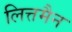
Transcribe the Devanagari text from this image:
लित्तमैन